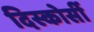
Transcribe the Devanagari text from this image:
दिस्कोर्सी